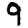
Digit: 9